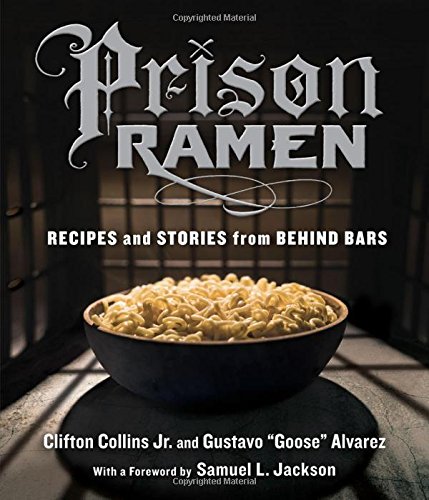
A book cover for Prison Ramen: Recipes and Stories from Behind Bars; Clifton Collins Jr.; Cookbooks, Food & Wine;